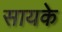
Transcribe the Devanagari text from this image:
सायके